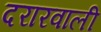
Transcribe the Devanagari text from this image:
दरारवाली